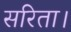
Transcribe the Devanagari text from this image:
सरिता।